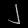
Digit: ၂